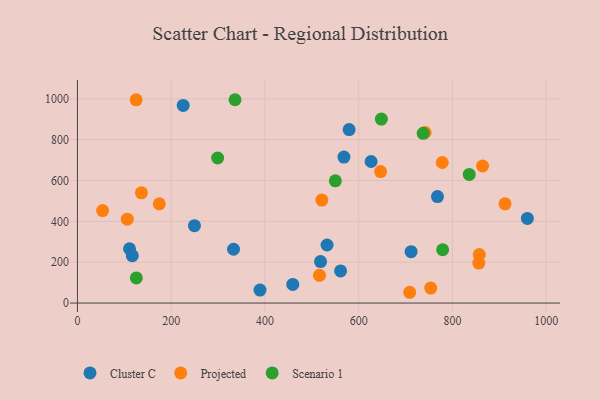
{"axis": {"x": "Study Hours", "y": "Demand"}, "legend": ["Cluster C", "Projected", "Scenario 1"], "data": [{"x": "111.1", "y": 265.8, "type": "Cluster C"}, {"x": "768.1", "y": 521.2, "type": "Cluster C"}, {"x": "518.6", "y": 203.2, "type": "Cluster C"}, {"x": "959.9", "y": 414.6, "type": "Cluster C"}, {"x": "561.4", "y": 157.1, "type": "Cluster C"}, {"x": "532.5", "y": 284.2, "type": "Cluster C"}, {"x": "225.6", "y": 967.5, "type": "Cluster C"}, {"x": "626.5", "y": 693.0, "type": "Cluster C"}, {"x": "579.6", "y": 849.2, "type": "Cluster C"}, {"x": "711.8", "y": 251.4, "type": "Cluster C"}, {"x": "333.0", "y": 263.5, "type": "Cluster C"}, {"x": "389.5", "y": 63.6, "type": "Cluster C"}, {"x": "568.5", "y": 714.6, "type": "Cluster C"}, {"x": "249.6", "y": 379.1, "type": "Cluster C"}, {"x": "117.0", "y": 231.9, "type": "Cluster C"}, {"x": "459.4", "y": 91.2, "type": "Cluster C"}, {"x": "106.3", "y": 410.7, "type": "Projected"}, {"x": "646.7", "y": 643.7, "type": "Projected"}, {"x": "778.3", "y": 688.1, "type": "Projected"}, {"x": "912.2", "y": 485.8, "type": "Projected"}, {"x": "516.3", "y": 135.9, "type": "Projected"}, {"x": "174.6", "y": 485.7, "type": "Projected"}, {"x": "708.8", "y": 52.8, "type": "Projected"}, {"x": "753.7", "y": 73.4, "type": "Projected"}, {"x": "136.5", "y": 539.6, "type": "Projected"}, {"x": "857.3", "y": 237.6, "type": "Projected"}, {"x": "856.3", "y": 196.0, "type": "Projected"}, {"x": "521.4", "y": 504.2, "type": "Projected"}, {"x": "741.7", "y": 835.0, "type": "Projected"}, {"x": "864.3", "y": 671.1, "type": "Projected"}, {"x": "125.2", "y": 995.1, "type": "Projected"}, {"x": "53.7", "y": 452.6, "type": "Projected"}, {"x": "648.4", "y": 900.9, "type": "Scenario 1"}, {"x": "299.1", "y": 710.3, "type": "Scenario 1"}, {"x": "125.6", "y": 123.1, "type": "Scenario 1"}, {"x": "737.6", "y": 830.9, "type": "Scenario 1"}, {"x": "835.9", "y": 629.8, "type": "Scenario 1"}, {"x": "779.1", "y": 261.1, "type": "Scenario 1"}, {"x": "336.2", "y": 995.5, "type": "Scenario 1"}, {"x": "550.2", "y": 598.6, "type": "Scenario 1"}]}